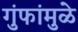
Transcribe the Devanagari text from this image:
गुंफांमुळे